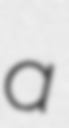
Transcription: a